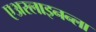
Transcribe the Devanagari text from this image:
एअरलाइनन्ला